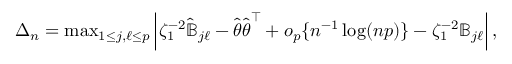
\begin{array} { r } { \Delta _ { n } = \operatorname* { m a x } _ { 1 \leq j , \ell \leq p } \left| \zeta _ { 1 } ^ { - 2 } \hat { { \mathbb { B } } } _ { j \ell } - \hat { { \boldsymbol \theta } } \hat { { \boldsymbol \theta } } ^ { \top } + o _ { p } \{ n ^ { - 1 } \log ( n p ) \} - \zeta _ { 1 } ^ { - 2 } { \mathbb { B } } _ { j \ell } \right| , } \end{array}